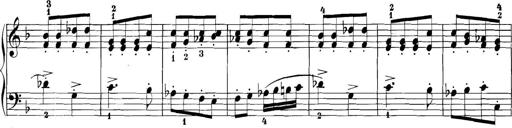
Title: 3 Sonatinas
Composer: Carl Reinecke